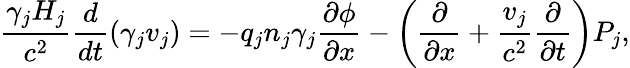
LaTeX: \frac{\gamma_{j}H_{j}}{c^{2}}\frac{d}{dt}(\gamma_{j}{v}_{j})=-q_{j}n_{j}\gamma_{j}\frac{\partial\phi}{\partial x}-\left(\frac{\partial}{\partial x}+\frac{{v}_{j}}{c^{2}}\frac{\partial}{\partial t}\right)P_{j},